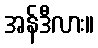
အန်ဒီလား။